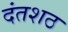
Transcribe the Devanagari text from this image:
दंतशठ